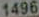
1496